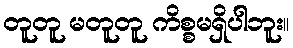
တူတူ မတူတူ ကိစ္စမရှိပါဘူး။